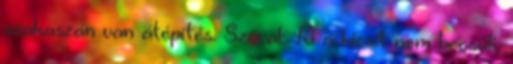
szakaszán van átépítés. Szóval: Ki a kicsit nem becsüli,